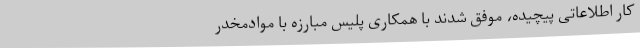
کار اطلاعاتی پیچیده، موفق شدند با همکاری پلیس مبارزه با موادمخدر